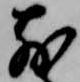
前